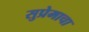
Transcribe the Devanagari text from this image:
सुप्रेमाचा